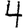
Digit: 4